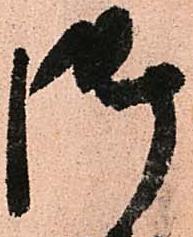
御